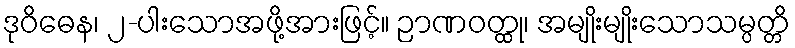
ဒုဝိဓေန၊ ၂-ပါးသောအဖို့အားဖြင့်။ ဉာဏဝတ္ထု၊ အမျိုးမျိုးသောသမ္ပတ္တိ